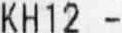
KH12 -